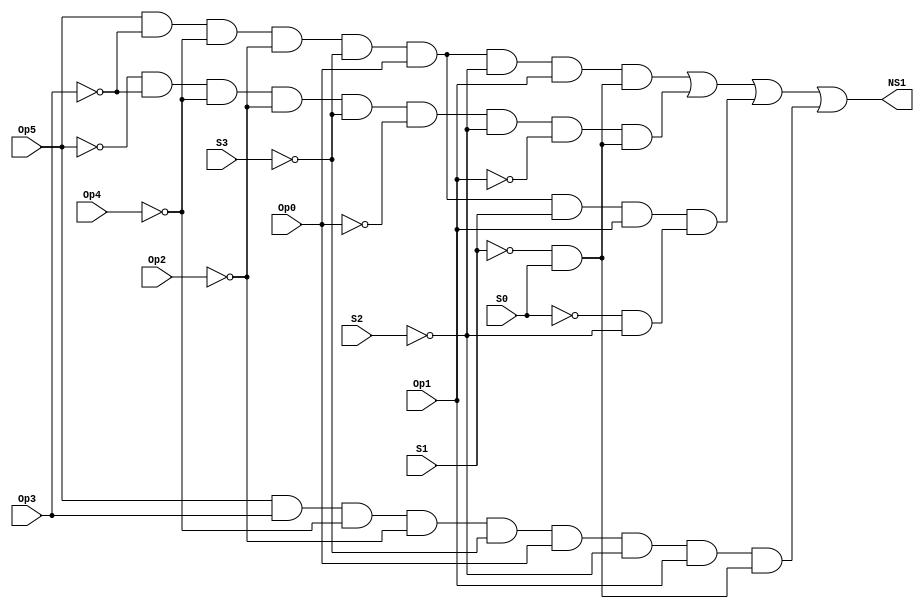
// Copyright (C) 2018  Intel Corporation. All rights reserved.
// Your use of Intel Corporation's design tools, logic functions 
// and other software and tools, and its AMPP partner logic 
// functions, and any output files from any of the foregoing 
// (including device programming or simulation files), and any 
// associated documentation or information are expressly subject 
// to the terms and conditions of the Intel Program License 
// Subscription Agreement, the Intel Quartus Prime License Agreement,
// the Intel FPGA IP License Agreement, or other applicable license
// agreement, including, without limitation, that your use is for
// the sole purpose of programming logic devices manufactured by
// Intel and sold by Intel or its authorized distributors.  Please
// refer to the applicable agreement for further details.

// PROGRAM		"Quartus Prime"
// VERSION		"Version 18.1.0 Build 625 09/12/2018 SJ Lite Edition"
// CREATED		"Thu Nov 05 11:46:22 2020"

module NS1(
	Op5,
	Op4,
	Op3,
	Op2,
	Op1,
	Op0,
	S3,
	S2,
	S1,
	S0,
	NS1
);


input wire	Op5;
input wire	Op4;
input wire	Op3;
input wire	Op2;
input wire	Op1;
input wire	Op0;
input wire	S3;
input wire	S2;
input wire	S1;
input wire	S0;
output wire	NS1;

wire	SYNTHESIZED_WIRE_38;
wire	SYNTHESIZED_WIRE_39;
wire	SYNTHESIZED_WIRE_40;
wire	SYNTHESIZED_WIRE_41;
wire	SYNTHESIZED_WIRE_42;
wire	SYNTHESIZED_WIRE_43;
wire	SYNTHESIZED_WIRE_10;
wire	SYNTHESIZED_WIRE_15;
wire	SYNTHESIZED_WIRE_17;
wire	SYNTHESIZED_WIRE_22;
wire	SYNTHESIZED_WIRE_23;
wire	SYNTHESIZED_WIRE_25;
wire	SYNTHESIZED_WIRE_26;
wire	SYNTHESIZED_WIRE_28;
wire	SYNTHESIZED_WIRE_29;
wire	SYNTHESIZED_WIRE_30;
wire	SYNTHESIZED_WIRE_32;
wire	SYNTHESIZED_WIRE_33;
wire	SYNTHESIZED_WIRE_34;
wire	SYNTHESIZED_WIRE_35;
wire	SYNTHESIZED_WIRE_36;
wire	SYNTHESIZED_WIRE_37;




assign	SYNTHESIZED_WIRE_10 =  ~Op5;

assign	SYNTHESIZED_WIRE_39 =  ~Op4;

assign	SYNTHESIZED_WIRE_22 = Op5 & SYNTHESIZED_WIRE_38 & SYNTHESIZED_WIRE_39 & SYNTHESIZED_WIRE_40 & SYNTHESIZED_WIRE_41 & Op0 & SYNTHESIZED_WIRE_42 & Op1;

assign	SYNTHESIZED_WIRE_25 = Op5 & Op3 & SYNTHESIZED_WIRE_39 & SYNTHESIZED_WIRE_40 & SYNTHESIZED_WIRE_41 & Op0 & SYNTHESIZED_WIRE_42 & Op1;

assign	SYNTHESIZED_WIRE_23 = SYNTHESIZED_WIRE_43 & S0;

assign	SYNTHESIZED_WIRE_28 = SYNTHESIZED_WIRE_10 & SYNTHESIZED_WIRE_38 & SYNTHESIZED_WIRE_39 & SYNTHESIZED_WIRE_40 & SYNTHESIZED_WIRE_41 & SYNTHESIZED_WIRE_15 & SYNTHESIZED_WIRE_42 & SYNTHESIZED_WIRE_17;

assign	SYNTHESIZED_WIRE_32 = Op5 & SYNTHESIZED_WIRE_38 & SYNTHESIZED_WIRE_39 & SYNTHESIZED_WIRE_40 & SYNTHESIZED_WIRE_41 & Op0 & S1 & Op1;

assign	SYNTHESIZED_WIRE_34 = SYNTHESIZED_WIRE_22 & SYNTHESIZED_WIRE_23;

assign	SYNTHESIZED_WIRE_26 = SYNTHESIZED_WIRE_43 & S0;

assign	SYNTHESIZED_WIRE_37 = SYNTHESIZED_WIRE_25 & SYNTHESIZED_WIRE_26;

assign	SYNTHESIZED_WIRE_29 = SYNTHESIZED_WIRE_43 & S0;

assign	SYNTHESIZED_WIRE_35 = SYNTHESIZED_WIRE_28 & SYNTHESIZED_WIRE_29;

assign	SYNTHESIZED_WIRE_38 =  ~Op3;

assign	SYNTHESIZED_WIRE_33 = SYNTHESIZED_WIRE_30 & SYNTHESIZED_WIRE_42;

assign	SYNTHESIZED_WIRE_36 = SYNTHESIZED_WIRE_32 & SYNTHESIZED_WIRE_33;

assign	NS1 = SYNTHESIZED_WIRE_34 | SYNTHESIZED_WIRE_35 | SYNTHESIZED_WIRE_36 | SYNTHESIZED_WIRE_37;

assign	SYNTHESIZED_WIRE_40 =  ~Op2;

assign	SYNTHESIZED_WIRE_17 =  ~Op1;

assign	SYNTHESIZED_WIRE_15 =  ~Op0;

assign	SYNTHESIZED_WIRE_41 =  ~S3;

assign	SYNTHESIZED_WIRE_42 =  ~S2;

assign	SYNTHESIZED_WIRE_43 =  ~S1;

assign	SYNTHESIZED_WIRE_30 =  ~S0;


endmodule